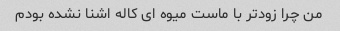
من چرا زودتر با ماست میوه ای کاله اشنا نشده بودم